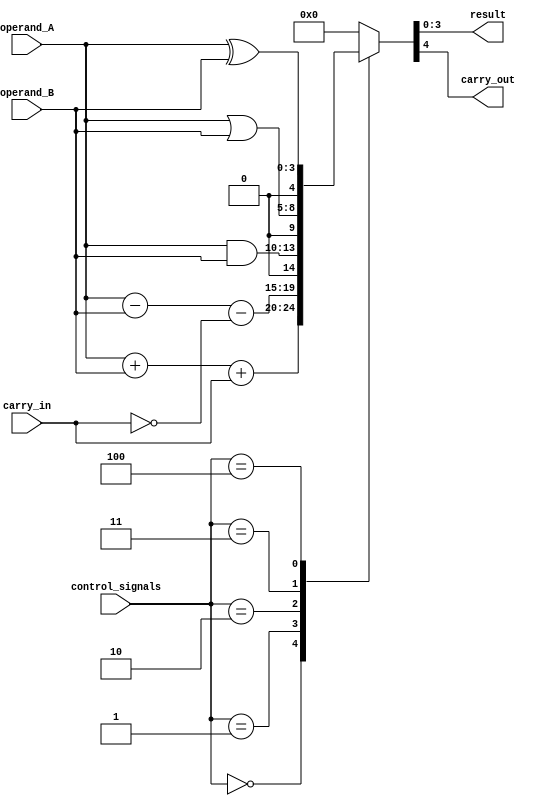
module ALU (
    input wire [3:0] operand_A,
    input wire [3:0] operand_B,
    input wire [2:0] control_signals,
    input wire carry_in,
    output wire [3:0] result,
    output wire carry_out
);

reg [3:0] result;
reg carry_out;

always @ (*)
begin
    case (control_signals)
        3'b000: // Addition
            begin
                {carry_out, result} <= operand_A + operand_B + carry_in;
            end
        3'b001: // Subtraction
            begin
                {carry_out, result} <= operand_A - operand_B - ~carry_in;
            end
        3'b010: // AND operation
            begin
                {carry_out, result} <= operand_A & operand_B;
            end
        3'b011: // OR operation
            begin
                {carry_out, result} <= operand_A | operand_B;
            end
        3'b100: // XOR operation
            begin
                {carry_out, result} <= operand_A ^ operand_B;
            end
        default: // Default operation (no operation)
            begin
                {carry_out, result} <= 4'b0;
            end
    endcase
end

endmodule